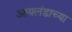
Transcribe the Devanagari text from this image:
आयलंडाच्या